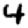
Digit: 4